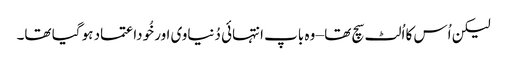
لیکن اُس کا اُلٹ سچ تھا – وہ باپ انتہائی دُنیاوی اور خُوداعتماد ہو گیا تھا۔